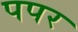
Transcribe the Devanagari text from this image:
पपर